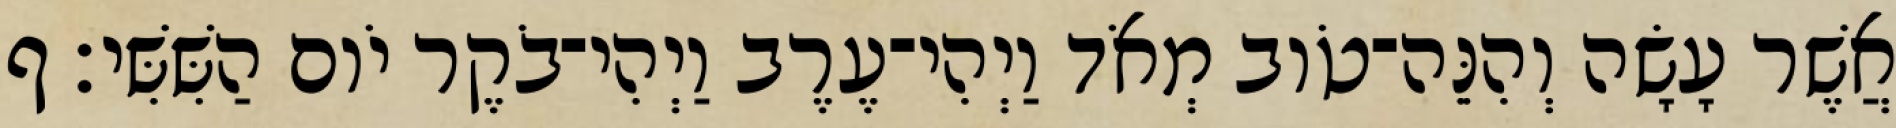
אֲשֶׁר עָשָׂה וְהִנֵּה־טֹוב מְאֹד וַיְהִי־עֶרֶב וַיְהִי־בֹקֶר יֹום הַשִּׁשִּׁי׃ ף